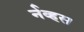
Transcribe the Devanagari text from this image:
र्नव्हस